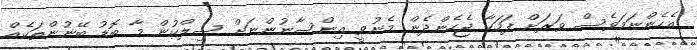
އެހެންނަމަވެސް ވަރަށް ފަހަކާ ޖެހެންދެން މެނުވީ އިންސާނުންނަށް ސިލްކުން މާ ބޮޑު ބޭނުންތަކެއް